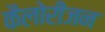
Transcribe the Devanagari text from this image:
कैलोरीजन